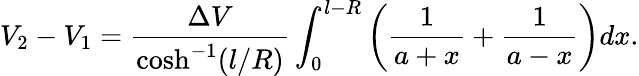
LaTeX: V_{2}-V_{1}=\frac{\Delta V}{\cosh^{-1}(l/R)}\int_{0}^{l-R}\left(\frac{1}{a+x}+\frac{1}{a-x}\right)dx.